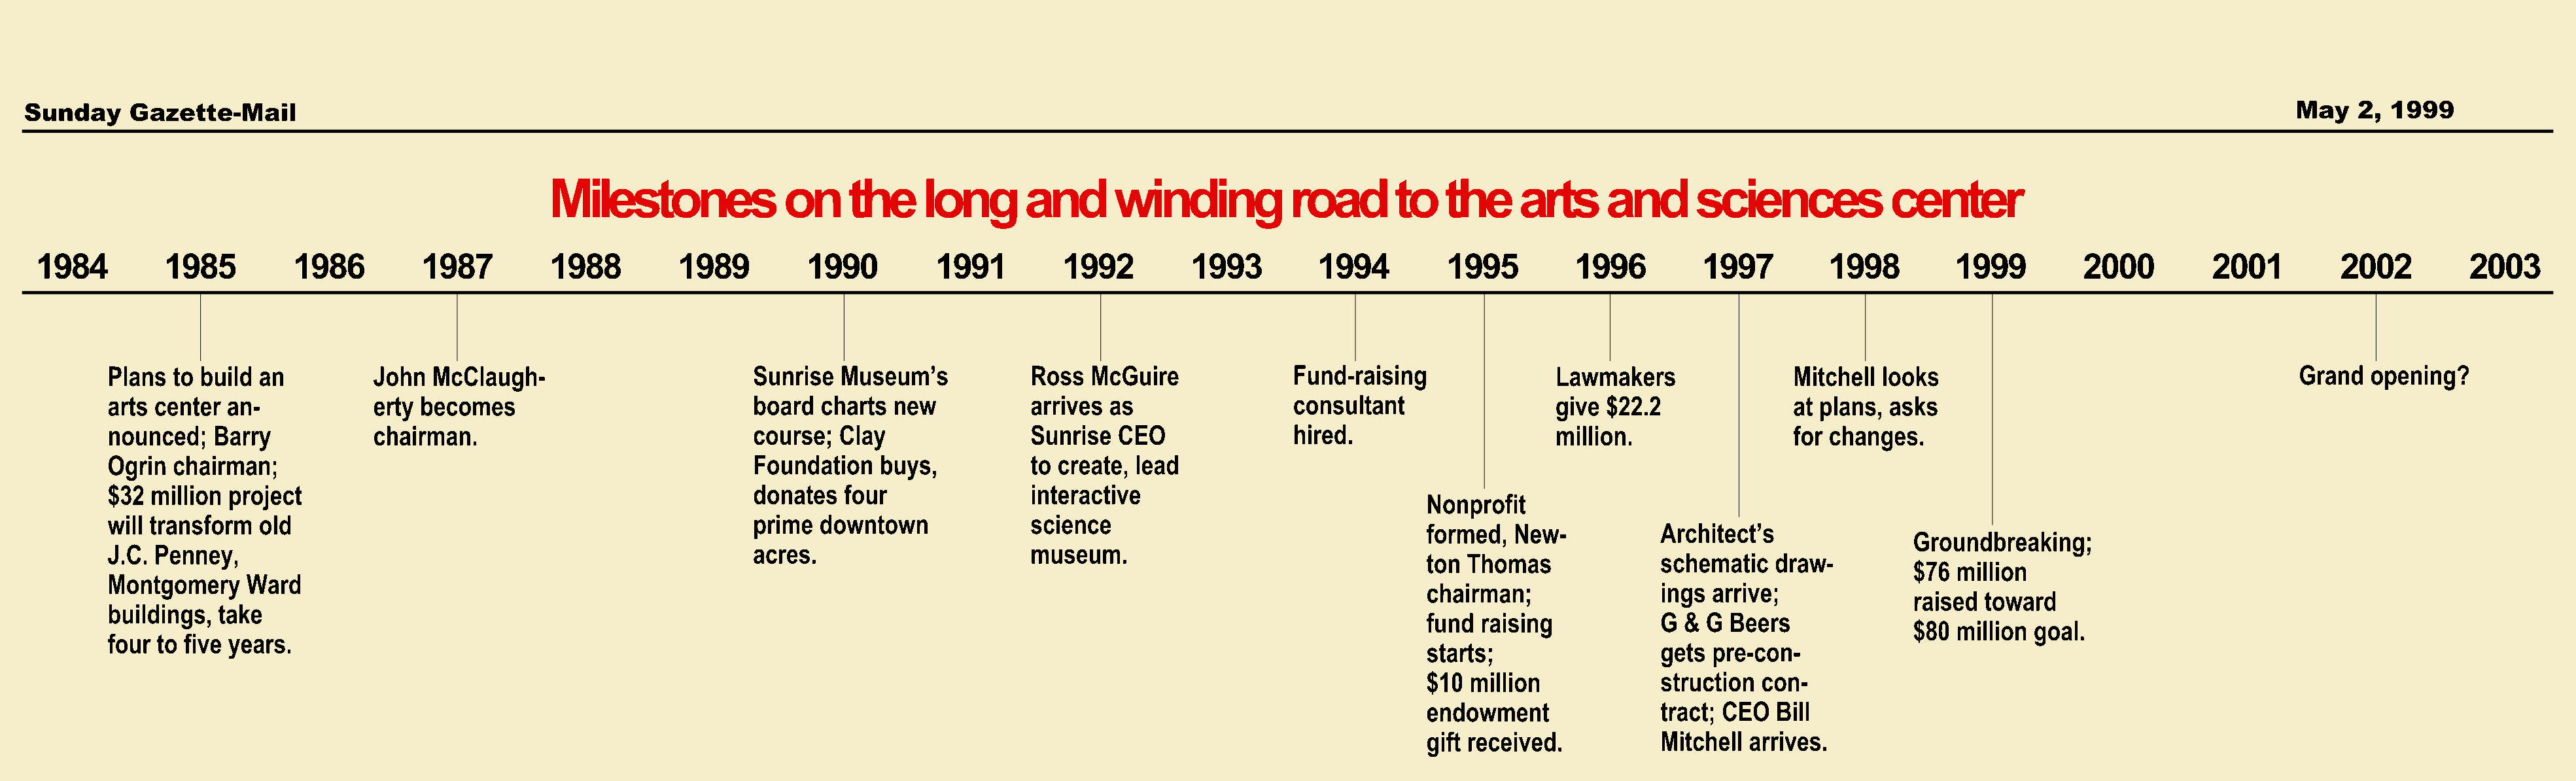
Sunday     Gazette-Mail                                                                                                                                                                                                               May    2, 1999
 Milestones             on     the    long       and      winding           road      to   the     arts     and      sciences           center
 1984         1985         1986         1987         1988         1989         1990         1991        1992         1993         1994         1995         1996         1997         1998         1999         2000         2001         2002         2003
 Plans to build an          John  McClaugh-                       Sunrise  Museum’s           Ross  McGuire              Fund-raising              Lawmakers               Mitchell looks                                      Grand  opening?
 arts center an-            erty becomes                          board  charts new           arrives as                 consultant                give  $22.2             at plans, asks
 nounced;   Barry           chairman.                             course;  Clay               Sunrise  CEO               hired.                    million.                for changes.
 Ogrin chairman;                                                  Foundation   buys,          to create, lead
 $32 million project                                              donates  four               interactive
 Nonprofit
 will transform old                                               prime  downtown             science
 formed,  New-           Architect’s
 Groundbreaking;
 JJ..CC.. PPeennnneeyy,,                                          aaccrreess..                mmuusseeuumm..
 ton Thomas              schematic   draw-
 $76 million
 Montgomery    Ward
 chairman;               ings arrive;
 raised toward
 buildings, take
 fund  raising           G &  G Beers
 $80 million goal.
 four to five years.
 starts;                 gets pre-con-
 $$1100 mmiilllliioonn   struction con-
 endowment               ttrraacctt;; CCEEOO BBiillll
 gift received.          Mitchell arrives.